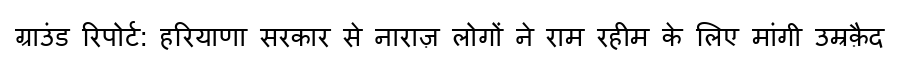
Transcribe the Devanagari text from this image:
ग्राउंड रिपोर्ट: हरियाणा सरकार से नाराज़ लोगों ने राम रहीम के लिए मांगी उम्रक़ैद